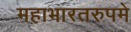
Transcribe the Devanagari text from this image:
महाभारतरुपमे